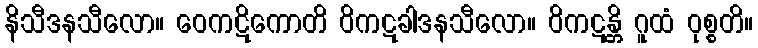
နိသီဒနသီလော။ ဝေကဋိကောတိ ဝိကဋခါဒနသီလော။ ဝိကဋန္တိ ဂူထံ ဝုစ္စတိ။